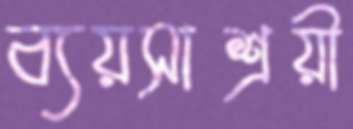
ব্যয়সাশ্রয়ী